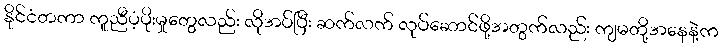
နိုင်ငံတကာ ကူညီပံ့ပိုးမှုတွေလည်း လိုအပ်ပြီး ဆက်လက် လုပ်ဆောင်ဖို့အတွက်လည်း ကျမတို့အနေနဲ့က